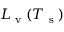
L _ { \textup { v } } ( T _ { \textup { s } } )